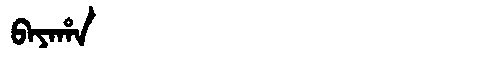
Manchu: ᠪᠠᠶᠠᡥᠠ
Romanization: BAYAHA